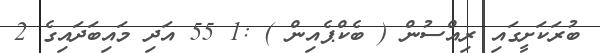
ބުރަކަށީގައި ރިއްސުން ( ބެކްޕެއިން ) :1 55 އަދި މައިބަދައިގެ 2